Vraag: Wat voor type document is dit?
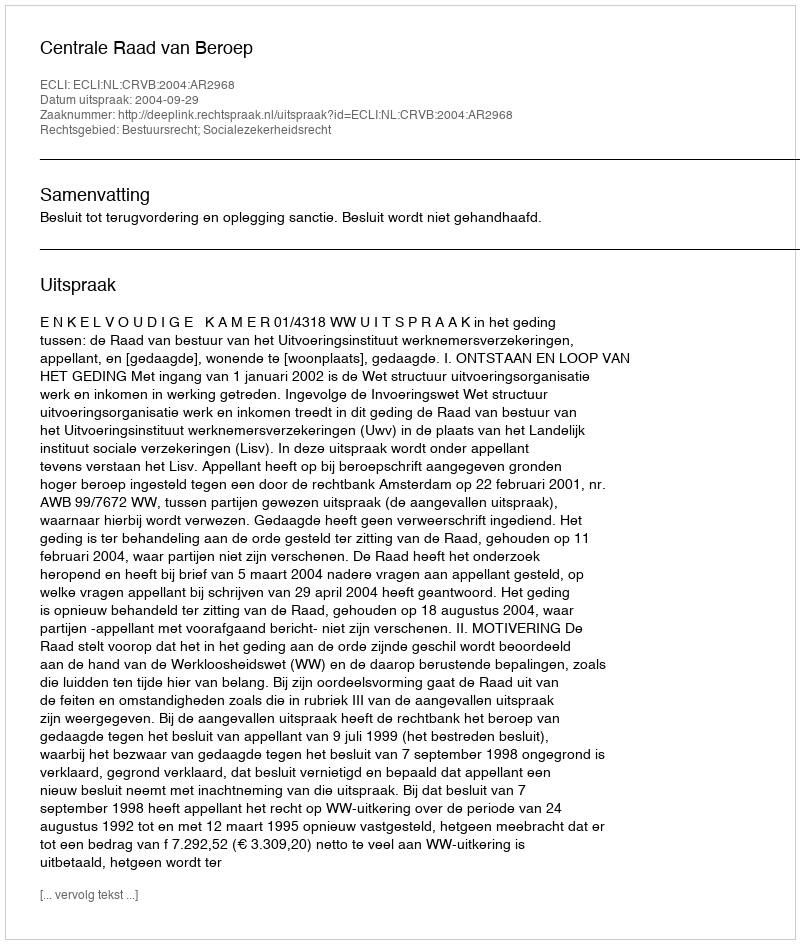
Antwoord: Uitspraak